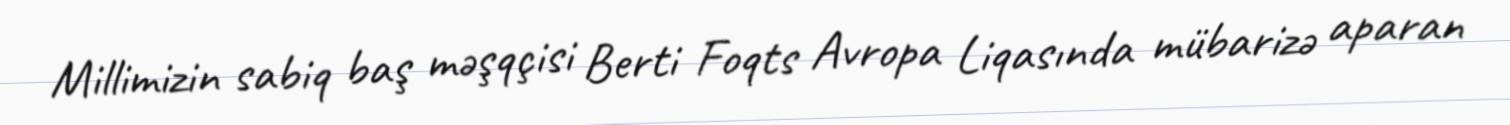
Millimizin sabiq baş məşqçisi Berti Foqts Avropa Liqasında mübarizə aparan